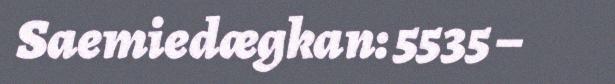
Saemiedægkan: 5535 –